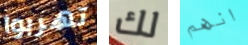
تهربوا لك انهم